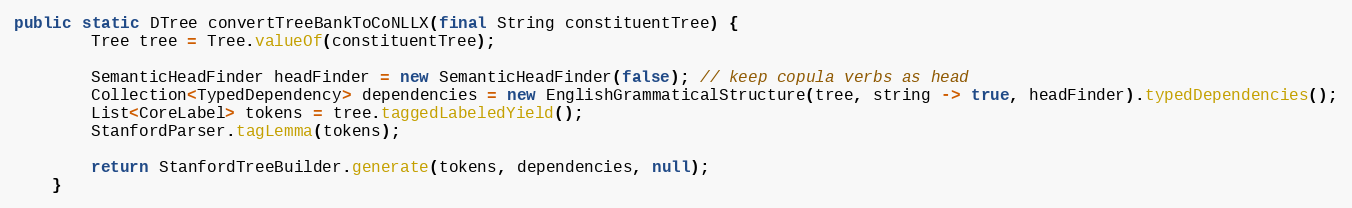
Language: Java
public static DTree convertTreeBankToCoNLLX(final String constituentTree) {
        Tree tree = Tree.valueOf(constituentTree);

        SemanticHeadFinder headFinder = new SemanticHeadFinder(false); // keep copula verbs as head
        Collection<TypedDependency> dependencies = new EnglishGrammaticalStructure(tree, string -> true, headFinder).typedDependencies();
        List<CoreLabel> tokens = tree.taggedLabeledYield();
        StanfordParser.tagLemma(tokens);

        return StanfordTreeBuilder.generate(tokens, dependencies, null);
    }